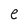
Character: e